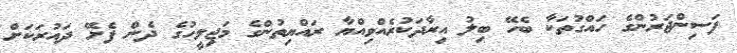
ފަސިންޖަރުންގެ ހައްގުތަކާ ބެހޭ ބިލު އިރާދަކުރެއްވިއްޔާ ރައްޔިތުންގެ މަޖިލީހުގެ ދެން ފެށޭ ދައުރަކަށް